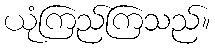
ယုံကြည်ကြသည်။